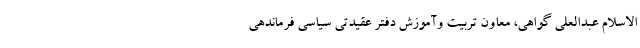
الاسلام عبدالعلی گواهی، معاون تربیت وآموزش دفتر عقیدتی سیاسی فرماندهی